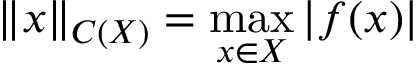
\| x \| _ { C ( X ) } = \max _ { x \in X } | f ( x ) |